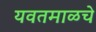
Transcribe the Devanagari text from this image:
यवतमाळचे